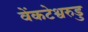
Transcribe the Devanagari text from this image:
वेंकटेश्वरुडु